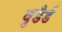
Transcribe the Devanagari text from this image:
वुडैर्ड